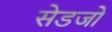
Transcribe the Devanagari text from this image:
सेडजो